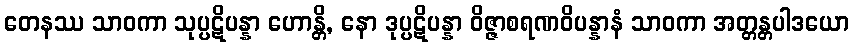
တေနဿ သာဝကာ သုပ္ပဋိပန္နာ ဟောန္တိ, နော ဒုပ္ပဋိပန္နာ ဝိဇ္ဇာစရဏဝိပန္နာနံ သာဝကာ အတ္တန္တပါဒယော